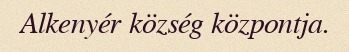
Alkenyér község központja.